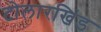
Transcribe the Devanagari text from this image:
टोलारखिंड